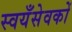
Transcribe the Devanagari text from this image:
स्वयँसेवकों